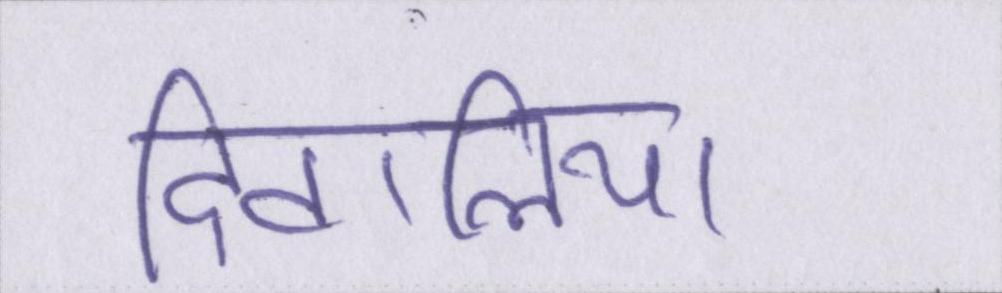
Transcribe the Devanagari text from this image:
दिवालिया